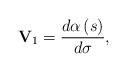
LaTeX: \begin{align*}\mathbf{V}_{1}=\frac{d\alpha \left( s\right) }{d\sigma },\end{align*}